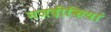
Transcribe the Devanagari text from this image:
नजदीकियां